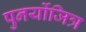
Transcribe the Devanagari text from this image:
पुनर्योजित्र